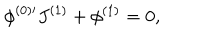
\phi ^ { ( 0 ) \prime } J ^ { ( 1 ) } + \phi ^ { ( 1 ) } = 0 , \,